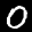
Label: 0